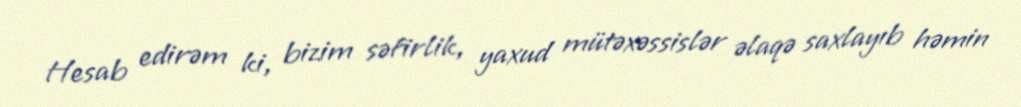
Hesab edirəm ki, bizim səfirlik, yaxud mütəxəssislər əlaqə saxlayıb həmin